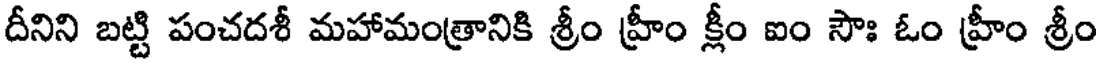
దీనిని బట్టి పంచదశీ మహామంత్రానికి శ్రీం హ్రీం క్లీం ఐం సౌః ఓం హ్రీం శ్రీం